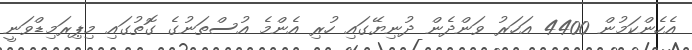
އެހެންކަމުން 4400 އަހަރު ވަންދެން ދުނިޔޭގައި ހުރި އެންމެ އުސްތަނުގެ ގޮތުގައި މިޕިރަމިޑްވަނީ